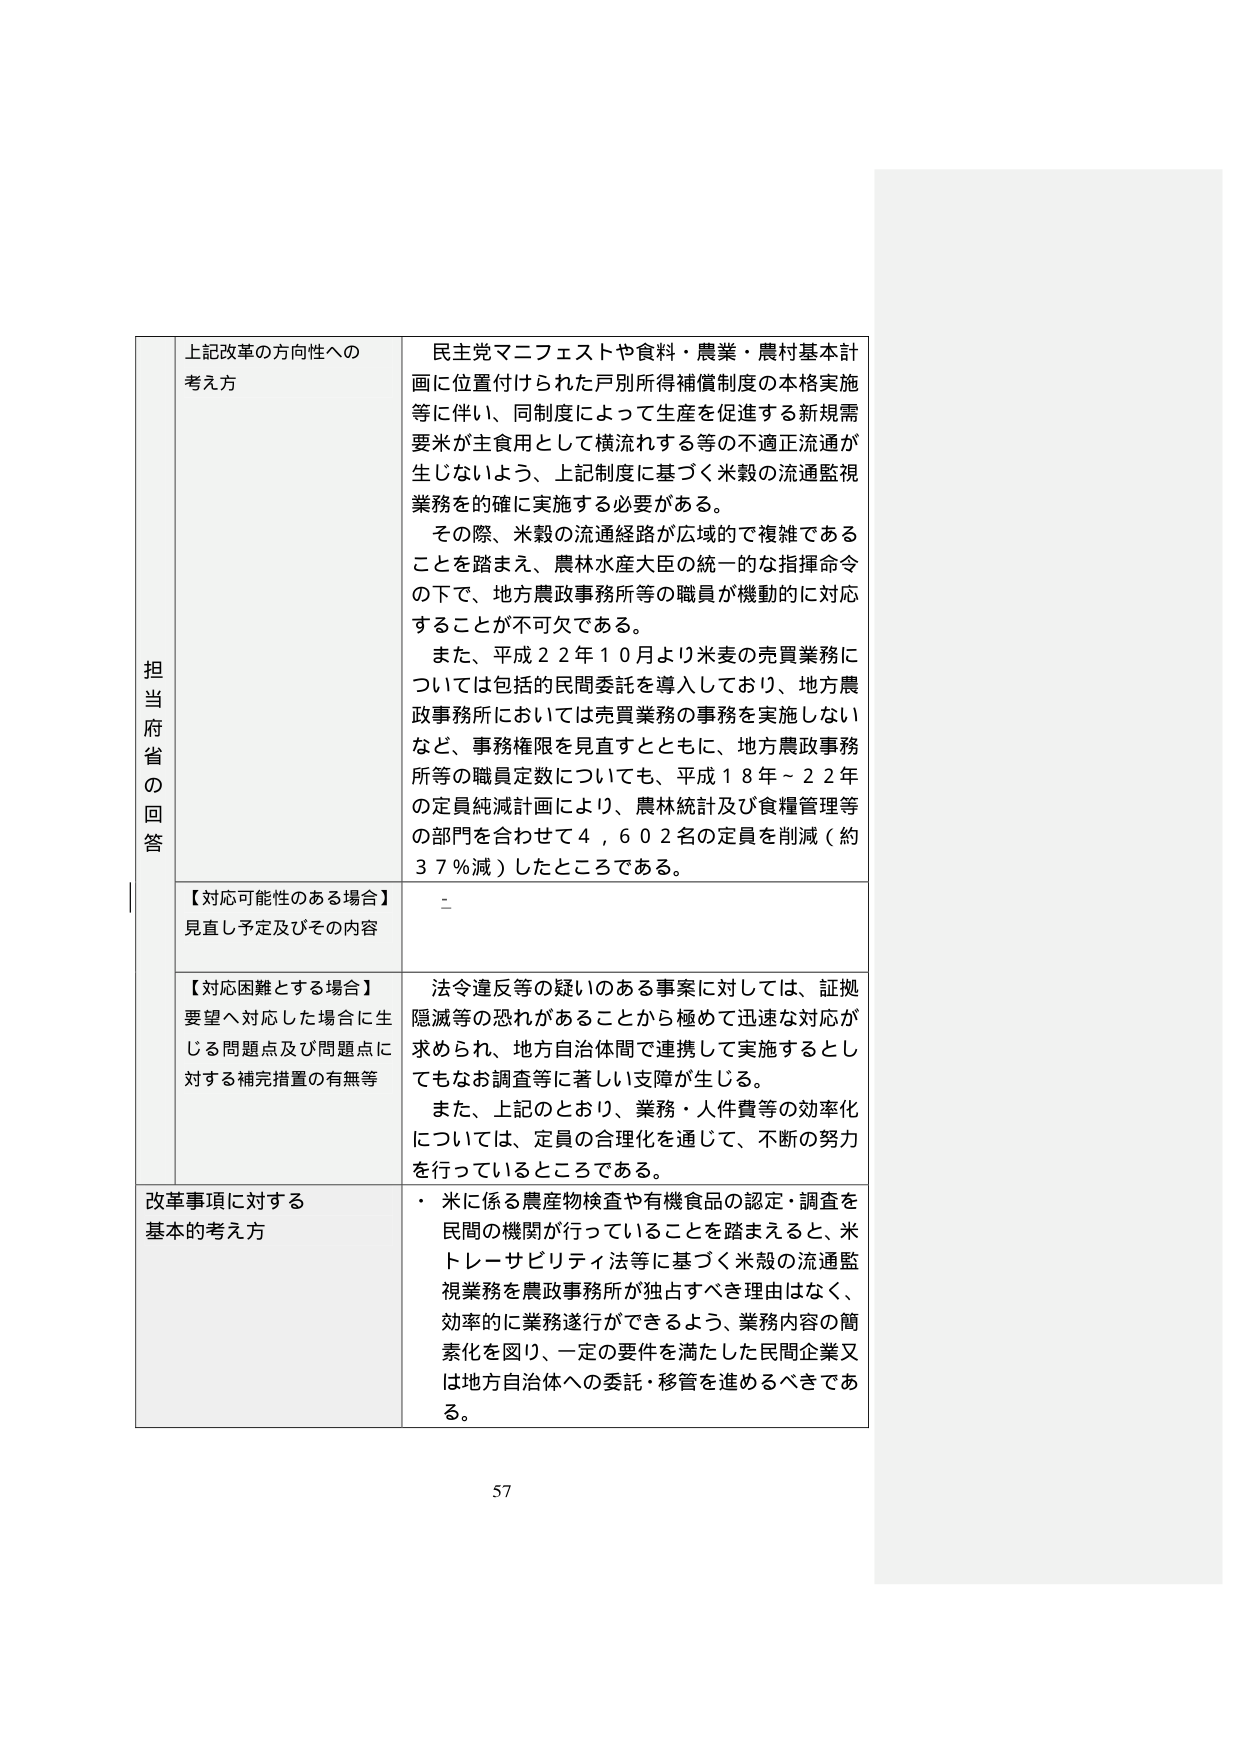
担当府省の回答

上記改革の方向性への考え方
民主党マニフェストや食料・農業・農村基本計画に位置付けられた戸別所得補償制度の本格実施等に伴い、同制度によって生産を促進する新規需要米が主食用として横流れる等の不適正流通が生じないよう、上記制度に基づく米穀の流通監視業務を的確に実施する必要がある。
その際、米穀の流通経路が広域的で複雑であることを踏まえ、農林水産大臣の統一的な指揮命令の下で、地方農政事務所等の職員が機動的に対応することが不可欠である。
また、平成２２年１０月より米麦の売買業務については包括的民間委託を導入しており、地方農政事務所においては売買業務の事務を実施しないなど、事務権限を見直すとともに、地方農政事務所等の職員定数についても、平成１８年～２２年の定員純減計画により、農林統計及び食糧管理等の部門を合わせて４，６０２名の定員を削減（約３７％減）したところである。

【対応可能性のある場合】
見直し予定及びその内容
－

【対応困難とする場合】
要望へ対応した場合に生じる問題点及び問題点に対する補完措置の有無等
法令違反等の疑いのある事案に対しては、証拠隠滅等の恐れがあることから極めて迅速な対応が求められ、地方自治体間で連携して実施するとしてもなお調査等に著しい支障が生じる。
また、上記のとおり、業務・人件費等の効率化については、定員の合理化を通じて、不断の努力を行っているところである。

改革事項に対する基本的考え方
・ 米に係る農産物検査や有機食品の認定・調査を民間の機関が行っていることを踏まえると、米トレーサビリティ法等に基づく米穀の流通監視業務を農政事務所が独占すべき理由はなく、効率的に業務遂行ができるよう、業務内容の簡素化を図り、一定の要件を満たした民間企業又は地方自治体への委託・移管を進めるべきである。

57